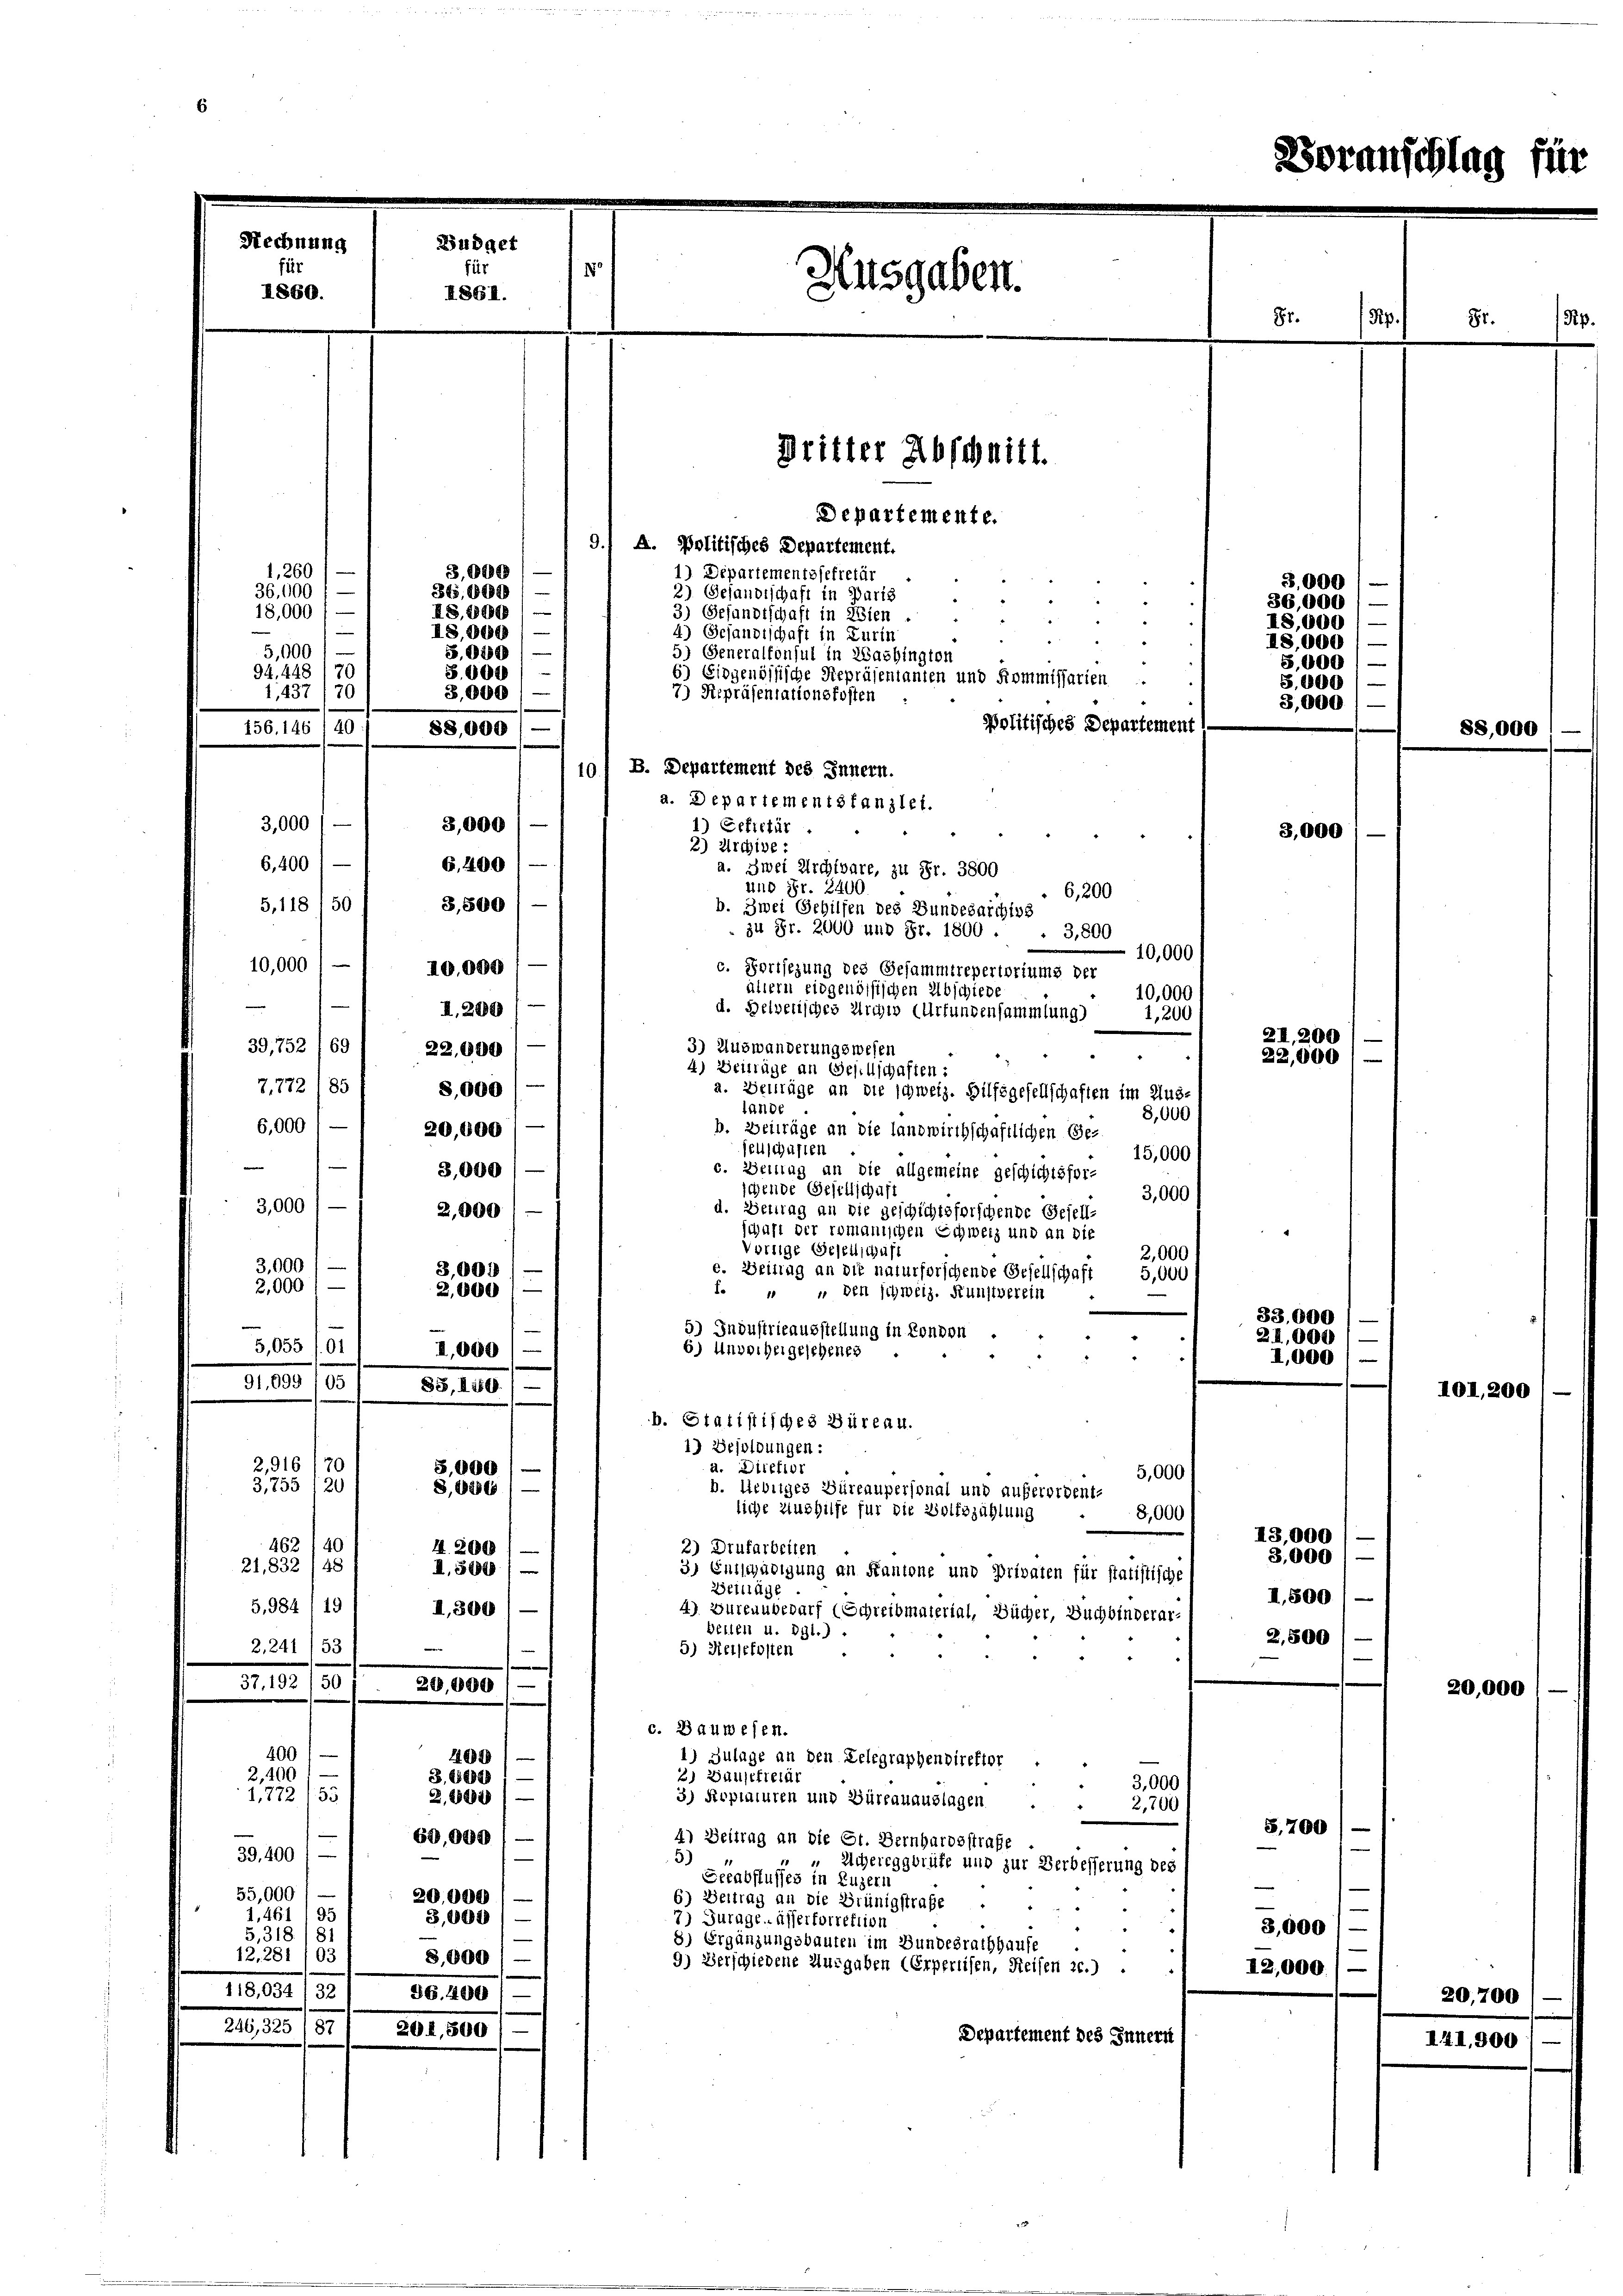
Rechnung
Budget
fi
Ausgaben.
I861.
Dritter Abschnitt.
Departemente.

11
1860.

3,000
1,260
35,000
36,000
18,000'
IS. 1889
18,000
5,000
5,030/
94, 448 (71
S. 901 1
3,000
1,437 (70
156. 146, 40
88,000 / —
3,000
3,000 / —
6,400
6,400
3,500
5,118 / 50
10,000 / —
10,000
I.280
39,752 (69/ 22,000
7772 (85
8,000
6,000
20,000
3,000
3,000
2,000
3,000
3,000
2,000 / —
2,000
5,055 /01, 1,000)
91,099 105 / 88,1589/
2,916/20
8,000
3,755 120
8, 2286/ —
462 40
4. 200
21,832 (48
A. 594
5,984 (19
II,300
2241) 53
e
37. 192 (50
20,000
400
102
2,400
3,65889/
e
1,772/35
Z,88892
60,000
39,400' —
55,000
20,000
1,461 (95
3,000
5,318/81
12.281 /03
8,000 / —
118,034/32 / 86. 400
246, 325 /87) 201,300) —

9., A. Politisches Departement.
1) Departementssekretär
2) Gesandtschaft in Paris
3) Gesandtschaft in Wien.
4) Gesandtschaft in Zurin
¬
5) Generalkonsul in Washington
6) Eidgenössische Repräsentanten und Kommissarien
7) Diepräsentationsfosten
Politisches Departement d
101 B. Departement des Innern.
a. Departementstanzlei.
1) Gefectür
3,000
2) Archive:
a. Zwei Archivare, zu Fr. 3800
und Fr. 2400.
6,200
b. Zwei Gehilfen des Bundesarchivs
zu Fr. 2000 und Fr. 1800 . . 3,800
10,000
c. Fortsezung des Gesammtrepertoriums der
allern eidgenössischen Abschiede
10,000
d. Helverisches Archiv (Urfundensammlung)
1,200
3) Auswanderungswesen
4) Beiträge an Gesellschaften:
a. Beiträge an die schweiz. Hilfsgesellschaften im Aus-
tande
8,000
b. Beiträge an die landwirthschaftlichen Ge-
euschusten
15,000
c. Beittag an die allgemeine geschichtsfor-
schende Gesellschaff
3,000
d. Betrag an die geschichtsforschende Gesell-
chaft der romanischen Schweiz und an die
Vortige Gesellschaft
2,000
. Beitrag an die naturforschende Gesellschaft
5,000
  den schweiz. Kunstverein
33.000
5.) Industrieausstellung in Convon
2I,000

6) Unvorhergesehenes
I,000
b. Statistisches Büreau.
1) Besoldungen:
d. Dietior
5,000
b. liebiges Büreaupersonal und außerordent-
iche Aushilfe für die Wolfszählung
8,000
13,000
2) Drufarbeiten
3,000
3) Entschädigung an Kantone und Privaten für statistische
Beiträge
II,800
4) Zureaubedarf (Schreibmaterial, Bücher, Buchbinderar-
Bellen u. dgl.)
2,500
5) Reisekosten
c. Bauwesen.
1) Zulage an den Lelegraphendirektor
2) Hausekretär
3,000
3) Kopiaturen und Büreauauslagen
2,700
S,700
4) Beitrag an die St. Bernhardsstrafe
5)
 Achereggbrüfe und zur Verbesserung des
Geeabflusses in Luzeris
e
6) Beitrag an die Grünigstrafe
7) Jurage. Alserforrektion
3,600 l.
8) Ergänzungsbauten im Bundesrathhause
9) Verschiedene Ausgaben (Erperuisen, Reisen 20.)
12,000.)
Departement des Innern

Fr.

B,000
36,000
18,000
18,000
5,000
S.000

21. 200
22,000

3,000

20,000

Soranschlag für

88,0

101, 200

20,700

I41,300